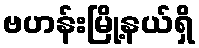
ဗဟန်းမြို့နယ်ရှိ